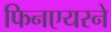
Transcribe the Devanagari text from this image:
फिनएयरने